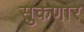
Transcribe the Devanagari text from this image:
सुकणारे